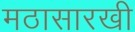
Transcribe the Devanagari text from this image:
मठासारखी